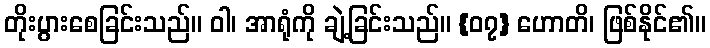
တိုးပွားစေခြင်းသည်။ ဝါ၊ အာရုံကို ချဲ့ခြင်းသည်။ {၀၇} ဟောတိ၊ ဖြစ်နိုင်၏။